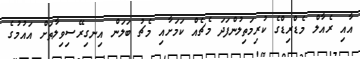
އާއި ރެއާލް މެޑްރިޑްގެ ކުރިމަތިލުންފަދަ މެޗެއް ކަމަށާއި މެޗު ބަލަން އިނގިރޭސިވިލާތަށް އައުމުގެ